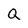
Character: Q